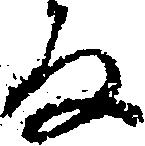
な